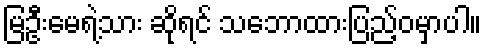
မြဦးမေရဲ့သား ဆိုရင် သဘောထားပြည့်ဝမှာပါ။